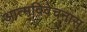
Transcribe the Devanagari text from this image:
आत्मविवेचनास